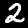
Label: 2